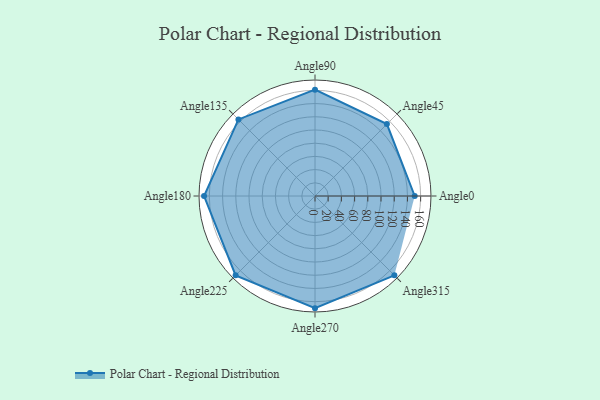
{"axis": {"x": "Angle", "y": "Radius"}, "legend": [""], "data": [{"x": "Angle0", "y": 151.0, "type": ""}, {"x": "Angle45", "y": 154.0, "type": ""}, {"x": "Angle90", "y": 161.0, "type": ""}, {"x": "Angle135", "y": 164.0, "type": ""}, {"x": "Angle180", "y": 168.0, "type": ""}, {"x": "Angle225", "y": 170, "type": ""}, {"x": "Angle270", "y": 170, "type": ""}, {"x": "Angle315", "y": 170, "type": ""}]}